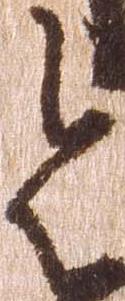
令